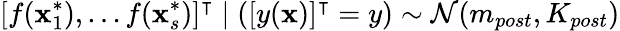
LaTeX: [f(\mathbf{x}_{1}^{*}),...f(\mathbf{x}_{s}^{*})]^{\intercal}\mid([y(\mathbf{x})]^{\intercal}=y)\sim{\mathcal{{N}}}(m_{post},K_{post})